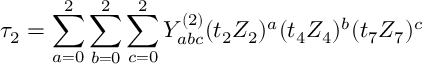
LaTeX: \tau _ { 2 } = \sum _ { a = 0 } ^ { 2 } \sum _ { b = 0 } ^ { 2 } \sum _ { c = 0 } ^ { 2 } Y _ { a b c } ^ { ( 2 ) } ( t _ { 2 } Z _ { 2 } ) ^ { a } ( t _ { 4 } Z _ { 4 } ) ^ { b } ( t _ { 7 } Z _ { 7 } ) ^ { c }